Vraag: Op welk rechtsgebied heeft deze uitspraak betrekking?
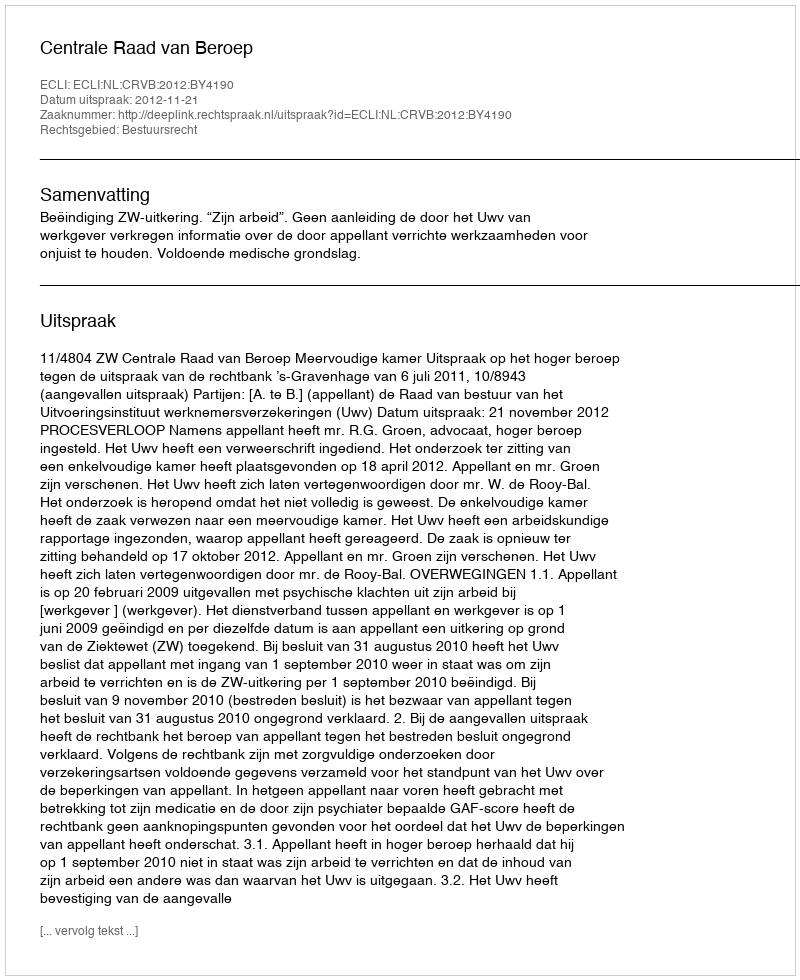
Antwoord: Bestuursrecht